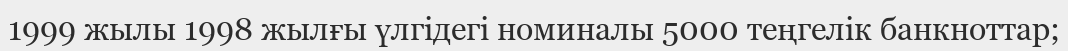
1999 жылы 1998 жылғы үлгідегі номиналы 5000 теңгелік банкноттар;